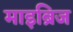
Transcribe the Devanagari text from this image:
माइब्रिज